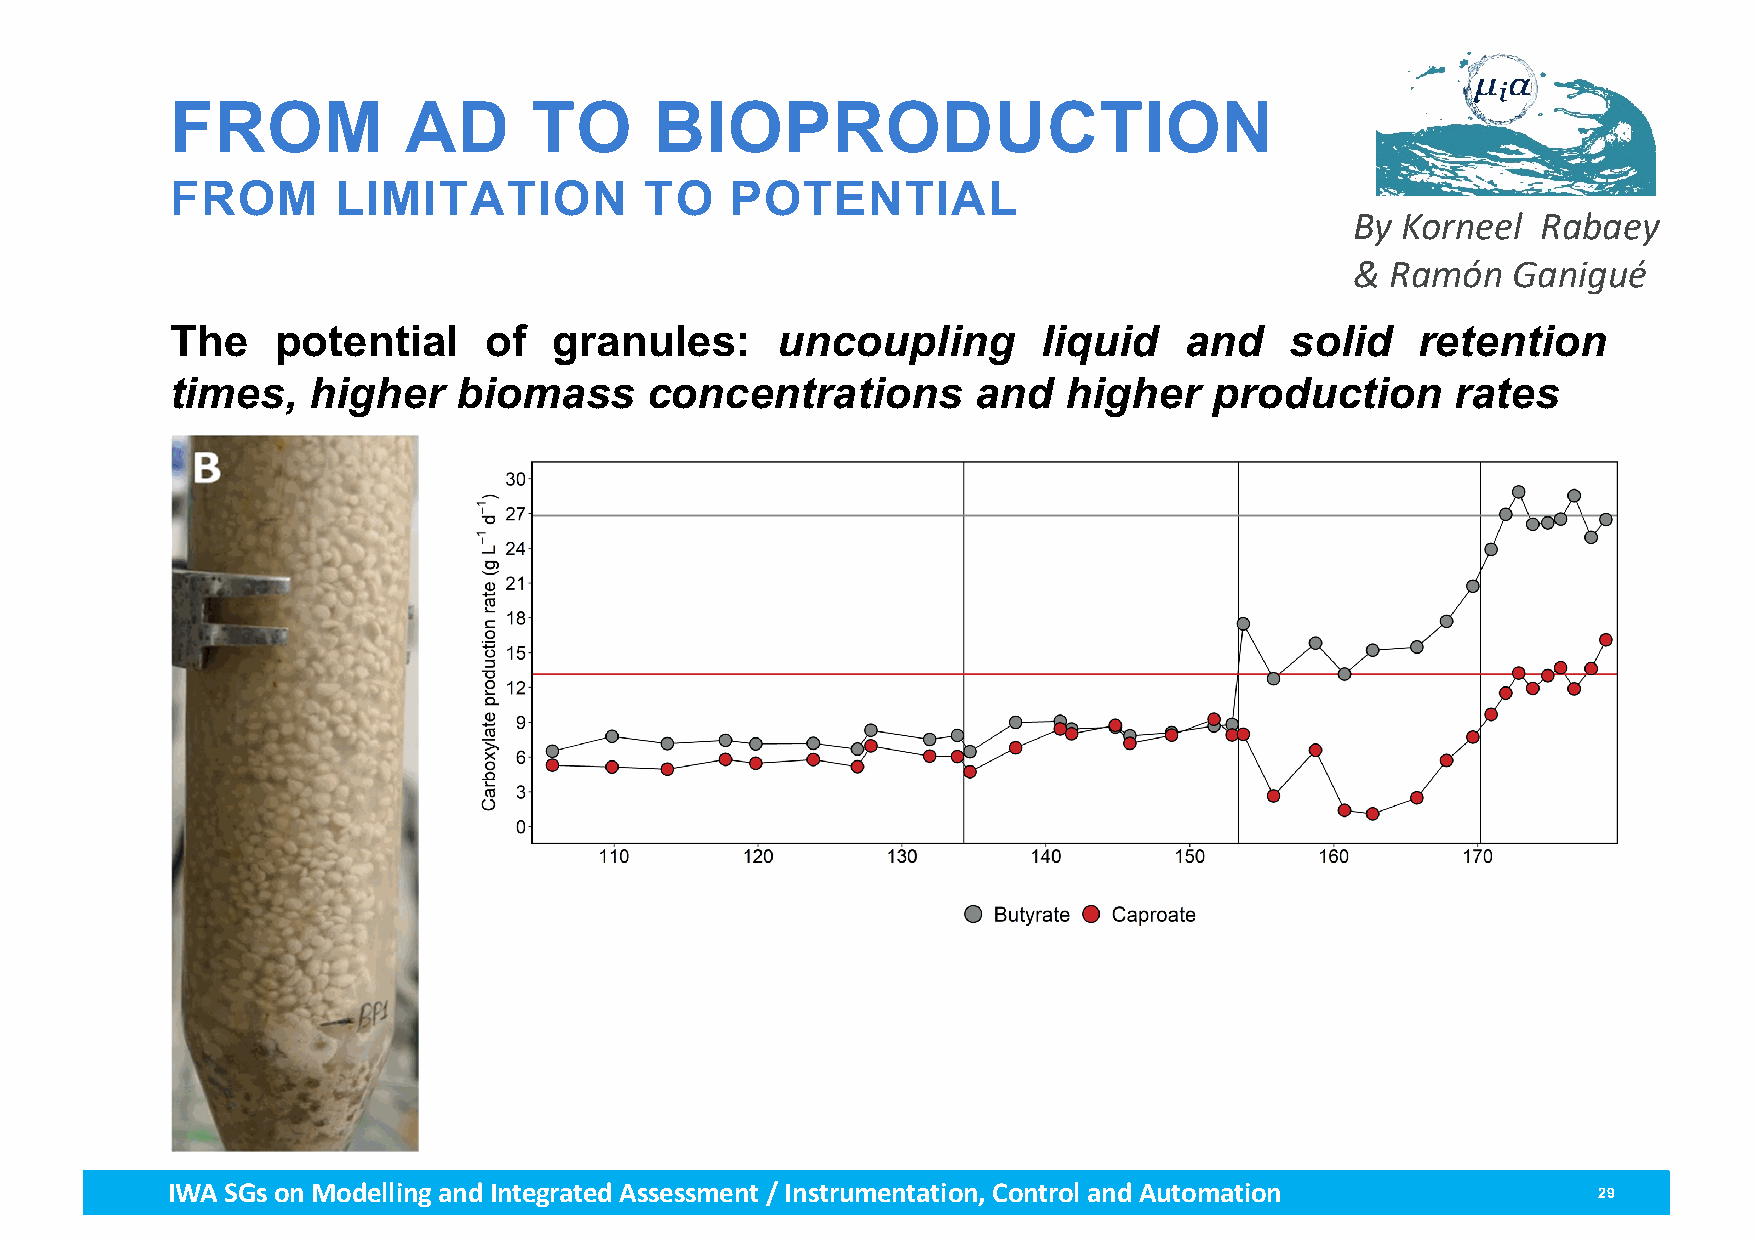
FROM            AD      TO      BIOPRODUCTION
 FROM       LIMITATION           TO   POTENTIAL
 By Korneel  Rabaey
 & Ramón   Ganigué
 The    potential     of   granules:     uncoupling        liquid   and    solid    retention
 times,   higher    biomass      concentrations        and  higher    production      rates
 IWA SGs on Modellingand Integrated Assessment / Instrumentation, Control and Automation        29